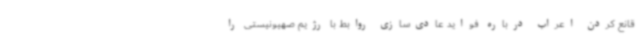
قانع کردن اعراب درباره فواید عادی‌سازی روابط با رژیم صهیونیستی را